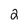
Character: 2